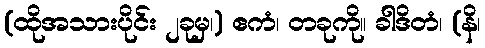
(ထိုအသားပိုင်း ၂ခုမှ၊) ဧကံ၊ တခုကို။ ခါဒိတံ၊ (နိ၊